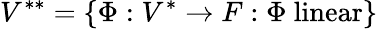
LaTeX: V^{**}=\{ \Phi:V^{*}\to F:\Phi\ \mathrm{linear}\}